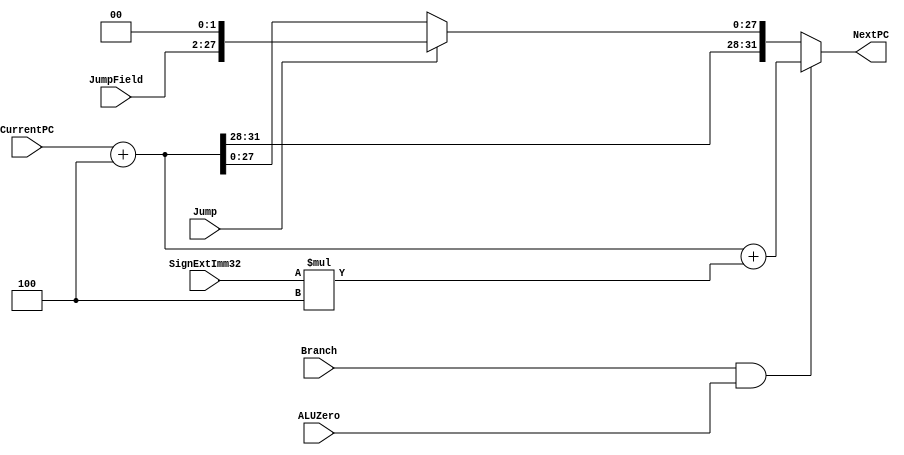
`timescale 1ns / 1ps 

module NextPClogic(NextPC, CurrentPC, JumpField, SignExtImm32, Branch, ALUZero, Jump);
input [31:0] CurrentPC, SignExtImm32;
input [25:0] JumpField;
input Branch, ALUZero, Jump;
output reg [31:0] NextPC;
// reg [31:0] NextPC;  //make this reg because its referred to in the always statement
wire [31:0] BranchOffset,JumpAddress;
wire [31:0] JumpSource;



always @(*) begin 
$monitor("@ time=%0d NextPC=%b, CurrentPC=%b, JumpField=%b, SigExtImm32=%b, Branch=%b ALUZero=%b, Jump=%b", $time, CurrentPC, JumpField,SignExtImm32, Branch, ALUZero, Jump, NextPC );
NextPC = (CurrentPC + 4);

 if (Branch && ALUZero) begin NextPC <= #3 (CurrentPC + 4 + SignExtImm32*4); 
$display("@ time=%0d NextPC=%b, CurrentPC=%b, JumpField=%b, SigExtImm32=%b, Branch=%b ALUZero=%b, Jump=%b", $time, CurrentPC, JumpField,SignExtImm32, Branch, ALUZero, Jump, NextPC );
end

else if (Jump)  begin 

NextPC <= #3 {NextPC[31:28], JumpField, 2'b00};
$display("@ time=%0d NextPC=%b, CurrentPC=%b, JumpField=%b, SigExtImm32=%b, Branch=%b ALUZero=%b, Jump=%b", $time, CurrentPC, JumpField,SignExtImm32, Branch, ALUZero, Jump, NextPC );
end

  else begin NextPC <= #2 CurrentPC+32'd4;
$display("@ time=%0d NextPC=%b, CurrentPC=%b, JumpField=%b, SigExtImm32=%b, Branch=%b ALUZero=%b, Jump=%b", $time, CurrentPC, JumpField,SignExtImm32, Branch, ALUZero, Jump, NextPC );
  end
end
endmodule